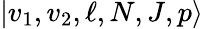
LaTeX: \lvert v_{1},v_{2},\ell,N,J,p\rangle